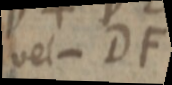
vel - DF